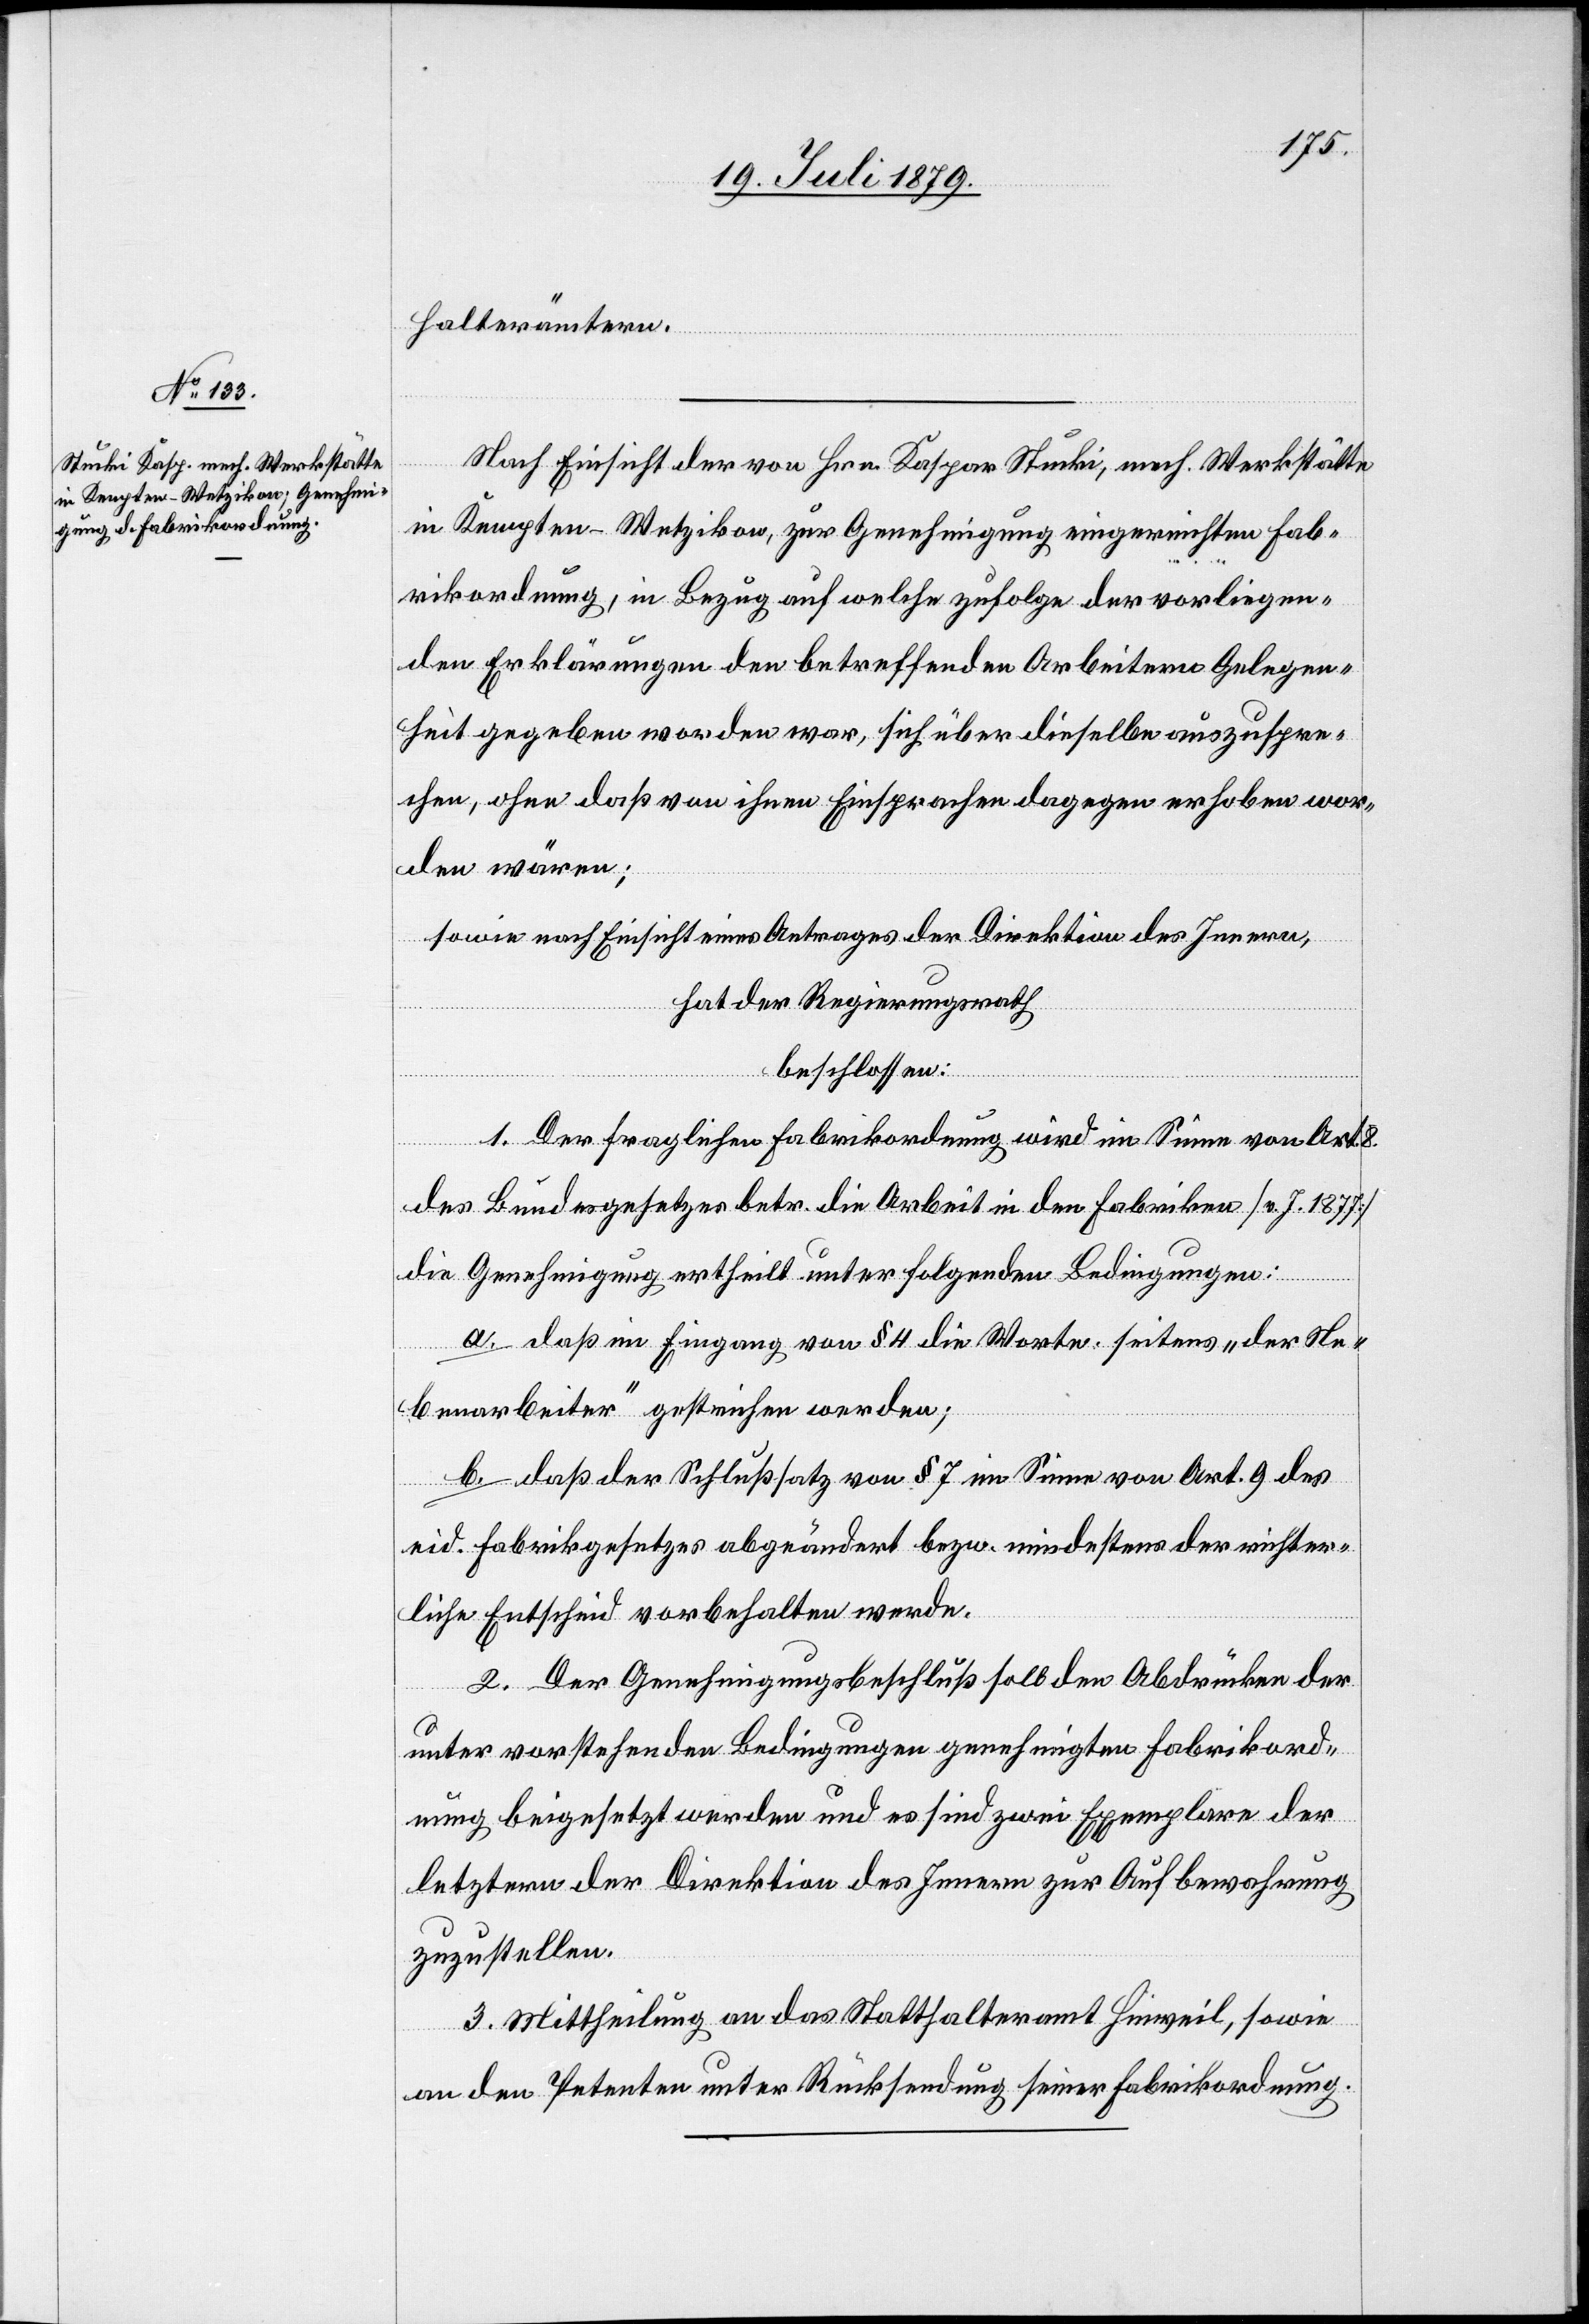
halterämtern.
Nach Einsicht der von Hrn. Kaspar Stucki, mech. Werkstätte
in Kempten - Wetzikon, zur Genehmigung eingereichten Fab¬
rikordnung, in Bezug auf welche zufolge der vorliegen¬
den Erklärungen den betreffenden Arbeitern Gelegen¬
heit gegeben worden war, sich über dieselbe auszuspre¬
chen, ohne daß von ihnen Einsprachen dagegen erhoben wor¬
den wären;
sowie nach Einsicht eines Antrages der Direktion des Innern,
hat der Regierungsrath
beschlossen:
1. Der fraglichen Fabrikordnung wird im Sinne von Art.
des Bundesgesetzes betr. die Arbeit in den Fabriken [v. J. 1877]
die Genehmigung ertheilt unter folgenden Bedingungen:
a. daß im Eingang von § 4 die Worte: seitens „der Ne¬
benarbeiter“ gestrichen werden;
b. daß der Schlußsatz von § 7 im Sinne von Art. 9 des
eid. Fabrikgesetzes abgeändert bezw. mindestens der richter¬
liche Entscheid vorbehalten werde.
2. Der Genehmigungsbeschluß soll den Abdrücken der
unter vorstehenden Bedingungen genehmigten Fabrikord¬
nung beigesetzt werden und es sind zwei Exemplare der
letztern der Direktion des Innern zur Aufbewahrung
zuzustellen.
3. Mittheilung an das Statthalteramt Hinweil, sowie
an den Petenten unter Rücksendung seiner Fabrikordnung.